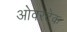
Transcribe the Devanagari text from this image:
ओवरटेक